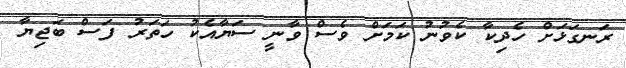
ރަނގަޅަށް ހެދިކާ ކެވުނު ކަމަށް ވެސް ވާނީ ސަޔާއެކު ހަތަރު ފަސް ބަޖިޔާ